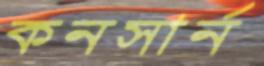
কনসার্ন